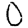
Digit: 0